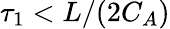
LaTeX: \tau_{1}<L/(2C_{A})